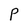
Character: P